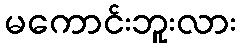
မကောင်းဘူးလား